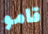
قامو